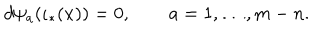
d \psi _ { a } ( \iota _ { * } ( x ) ) = 0 , \qquad a = 1 , \ldots , m - n .